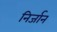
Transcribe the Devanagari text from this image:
निर्जान